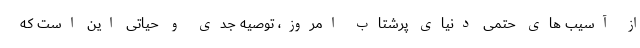
از آسیب های حتمی دنیای پرشتاب امروز، توصیه جدی و حیاتی این است که